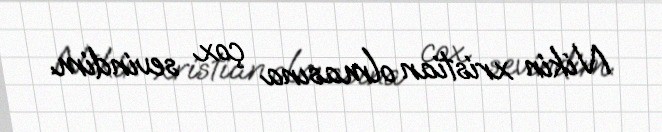
Nikin xristian olmasına çox sevindim.